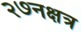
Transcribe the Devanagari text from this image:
२७नक्षत्र